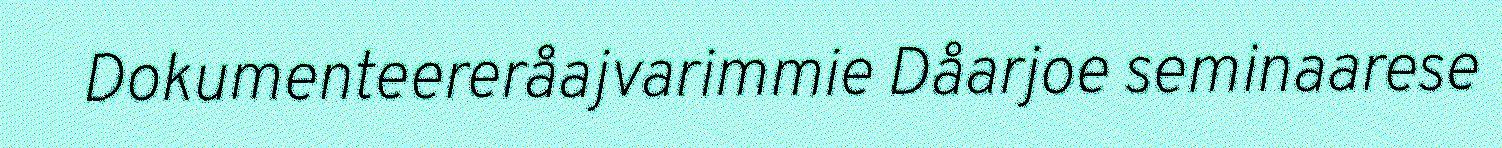
Dokumenteereråajvarimmie Dåarjoe seminaarese